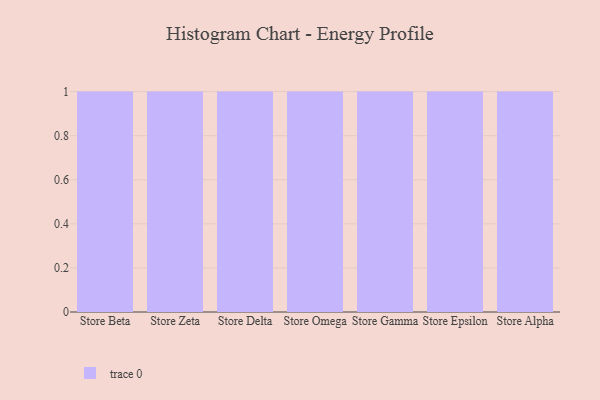
{"axis": {"x": "Store", "y": "Revenue (USD Million)"}, "legend": [""], "data": [{"x": "Store Beta", "y": 67, "type": ""}, {"x": "Store Zeta", "y": 39, "type": ""}, {"x": "Store Delta", "y": 72, "type": ""}, {"x": "Store Omega", "y": 24, "type": ""}, {"x": "Store Gamma", "y": 85, "type": ""}, {"x": "Store Epsilon", "y": 14, "type": ""}, {"x": "Store Alpha", "y": 58, "type": ""}]}